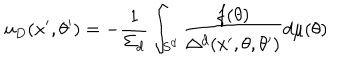
u _ { D } ( x ^ { \prime } , \theta ^ { \prime } ) = - { \frac { 1 } { \Sigma _ { d } } } \int _ { S ^ { d } } { \frac { f ( \theta ) } { \Delta ^ { d } ( x ^ { \prime } , \theta , \theta ^ { \prime } ) } } d \mu ( \theta )